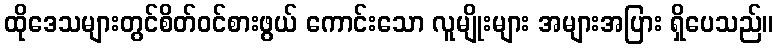
ထိုဒေသများတွင်စိတ်ဝင်စားဖွယ် ကောင်းသော လူမျိုးများ အများအပြား ရှိပေသည်။